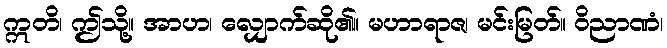
ဣတိ၊ ဤသို့။ အာဟ၊ လျှောက်ဆို၏။ မဟာရာဇ၊ မင်းမြတ်။ ဝိညာဏံ၊